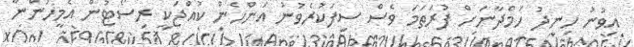
އިވުނު ހިނދު ހަމްދާނަށް ފުރަތަމަ ވެސް ސިފަކުރެވުނު އަންހެން ކުއްޖަކީ ރިސޯޓުން އެމީހުންނާ